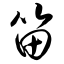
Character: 笛